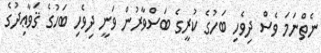
ނެތްނަމަ ވެސް ދިވެހި ބަހުގެ ކުރީގެ ބަސްވާރުން ވަނީ ދިވެހި ބަހުގެ ޤަވާޢިދުގެ